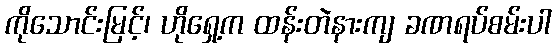
ကိုသောင်းမြင့်၊ ဟိုရှေ့က ထန်းတဲနားကျ ခဏရပ်စမ်းပါ